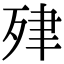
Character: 肂